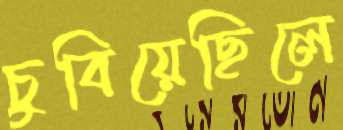
চুবিয়েছিলে